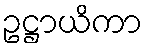
ဥဋ္ဌာယိကာ